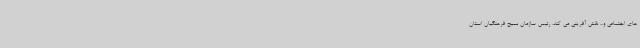
های اجتماعی و... نقش آفرینی می کند. رئیس سازمان بسیج فرهنگیان استان